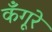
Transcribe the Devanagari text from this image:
कँगूरे